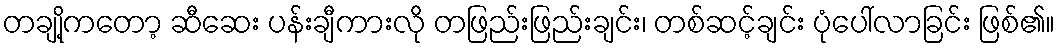
တချို့ကတော့ ဆီဆေး ပန်းချီကားလို တဖြည်းဖြည်းချင်း၊ တစ်ဆင့်ချင်း ပုံပေါ်လာခြင်း ဖြစ်၏။